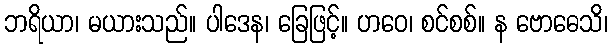
ဘရိယာ၊ မယားသည်။ ပါဒေန၊ ခြေဖြင့်။ ဟဝေ၊ စင်စစ်။ န ဗောဓေသိ၊